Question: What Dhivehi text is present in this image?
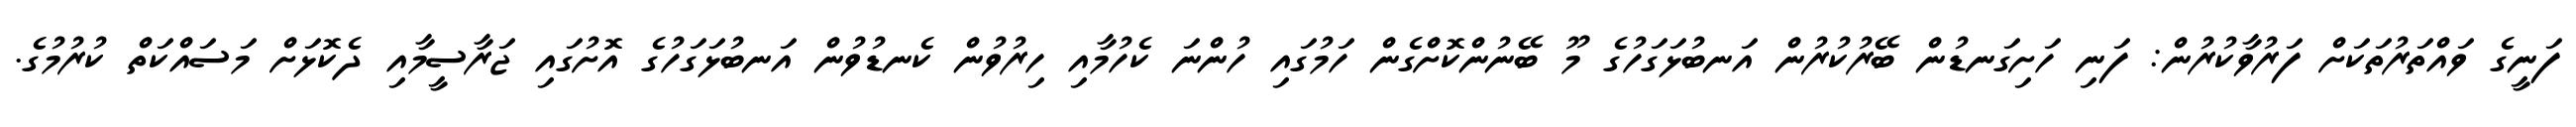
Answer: ފަނީގެ ވައްތަރުތަކަށް ފަރުވާކުރުން: ފަނި ހަށިގަނޑުން ބޭރުކުރުން އަނބުޅަގަހުގެ މޫ ބޭނުންކޮށްގެން ހަމުގައި ހުންނަ ކެހުމާއި ހިރުވުން ކެނޑުވުން އަނބުޅަގަހުގެ އޮށުގައި ޖަރާސީމާއި ދެކޮޅަށް މަސައްކަތް ކުރުމުގެ.